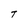
Character: T